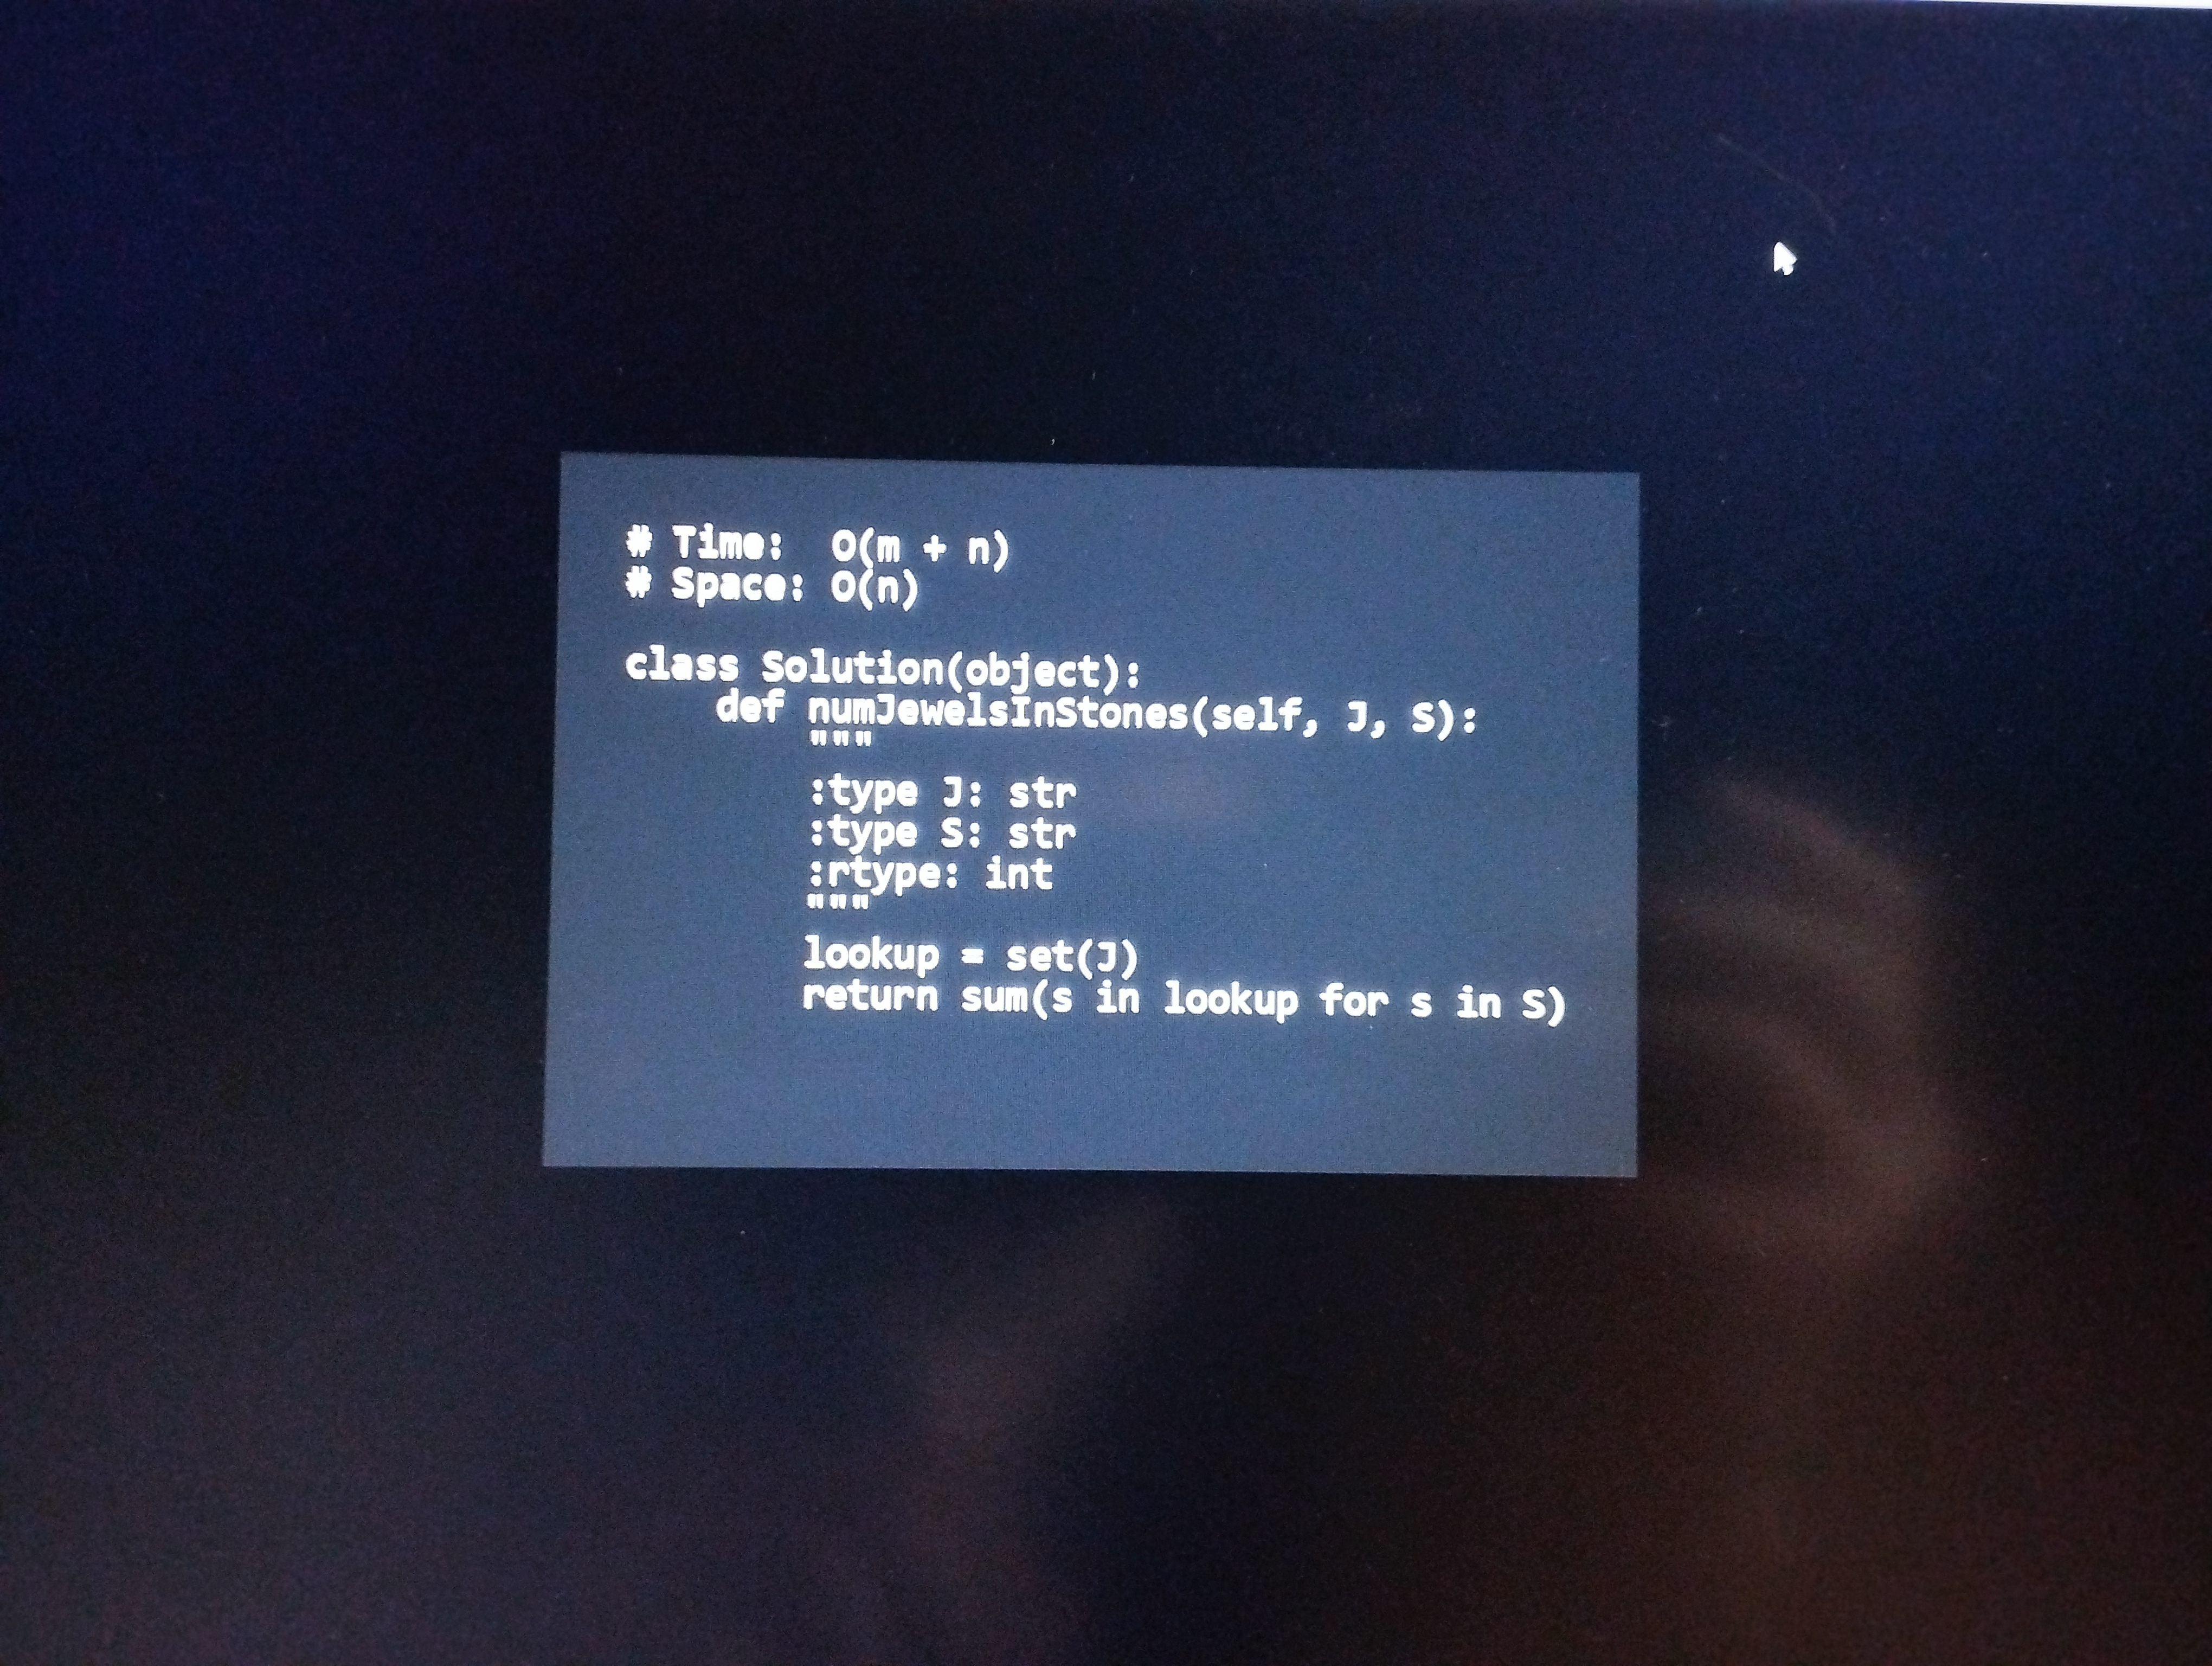
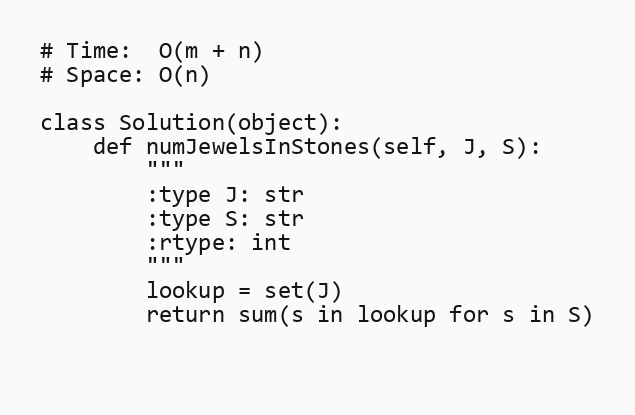
# Time:  O(m + n)
# Space: O(n)

class Solution(object):
    def numJewelsInStones(self, J, S):
        """
        :type J: str
        :type S: str
        :rtype: int
        """
        lookup = set(J)
        return sum(s in lookup for s in S)